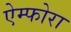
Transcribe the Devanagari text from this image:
ऐम्फोरा